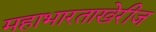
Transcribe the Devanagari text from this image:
महाभारताखेरीज